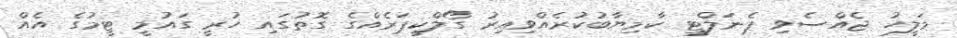
މަލީހު ޖެއްސެވި ޕެނަލްޓީ ކާމިޔާބުކުރެއްވިއިރު ގޯލްކީޕަރެއްގެ ގޮތުގައި ހުރީ ގައުމީ ޓީމުގެ އެއް